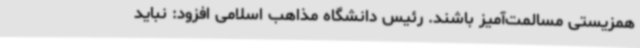
همزیستی مسالمت‌آمیز باشند. رئیس دانشگاه مذاهب اسلامی افزود: نباید